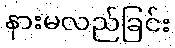
နားမလည်ခြင်း